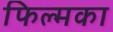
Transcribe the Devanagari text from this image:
फिल्मका